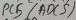
Text: ADC5